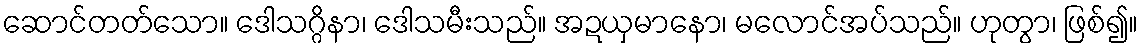
ဆောင်တတ်သော။ ဒေါသဂ္ဂိနာ၊ ဒေါသမီးသည်။ အဍယှမာနော၊ မလောင်အပ်သည်။ ဟုတွာ၊ ဖြစ်၍။